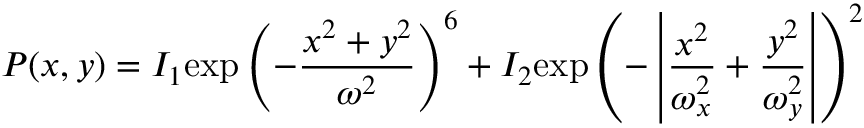
P ( x , y ) = I _ { 1 } \mathrm { e x p } \left( - \frac { x ^ { 2 } + y ^ { 2 } } { \omega ^ { 2 } } \right) ^ { 6 } + I _ { 2 } \mathrm { e x p } \left( - \left| \frac { x ^ { 2 } } { \omega _ { x } ^ { 2 } } + \frac { y ^ { 2 } } { \omega _ { y } ^ { 2 } } \right| \right) ^ { 2 }